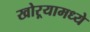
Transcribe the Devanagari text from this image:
खोऱ्यामध्ये